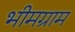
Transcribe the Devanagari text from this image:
भीमग्राम